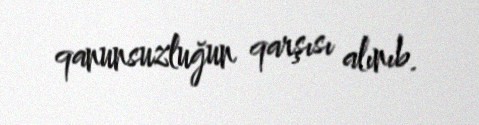
qanunsuzluğun qarşısı alınıb.